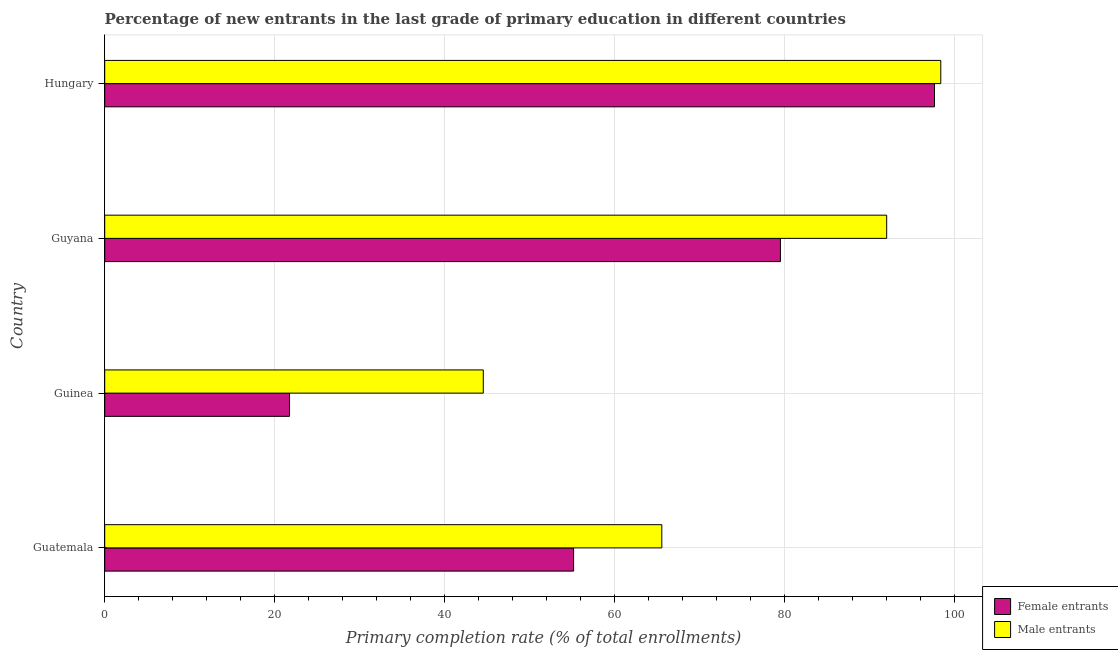
| Country | Female entrants | Male entrants |
 | --- | --- | --- |
 | Guatemala | 55.2 | 65.6 |
 | Guinea | 21.8 | 44.6 |
 | Guyana | 79.5 | 92 |
 | Hungary | 97.7 | 98.4 |